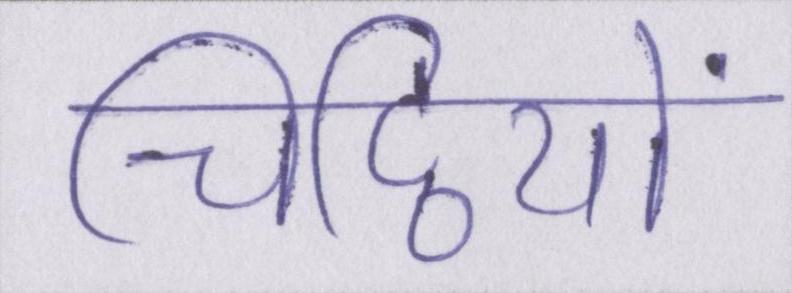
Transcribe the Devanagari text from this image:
चिट्ठियों